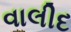
વાલીદ